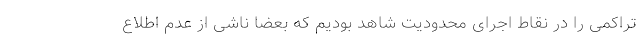
تراکمی را در نقاط اجرای محدودیت شاهد بودیم که بعضاً ناشی از عدم اطلاع